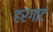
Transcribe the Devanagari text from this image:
हरगाट